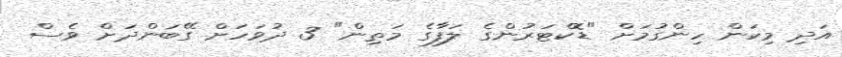
އަދި މިކަން ހިންގުމަށް "ޑޮކްޓަރުންގެ ލަފާގެ މަތިން" 3 ދުވަހަށް ގޭބަންދަށް ވެސް